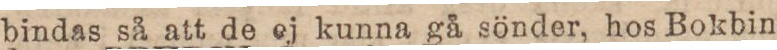
bindas så att de ej kunna på sönder, hos Bokbin-